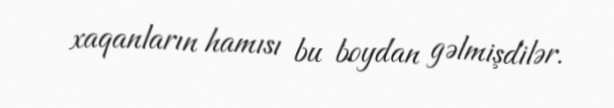
xaqanların hamısı bu boydan gəlmişdilər.